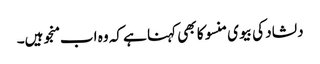
دلشاد کی بیوی منسو کا بھی کہنا ہے کہ وہ اب منجو ہیں۔